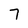
Character: 7